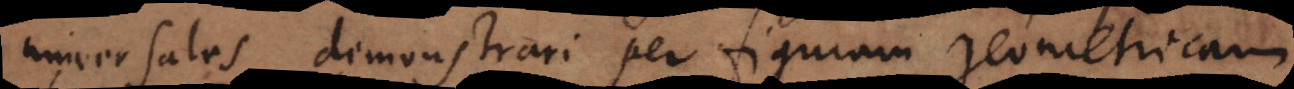
universales demonstrari per figuram geometricam